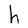
Character: h